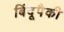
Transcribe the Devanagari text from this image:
बिंदूपैकी